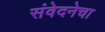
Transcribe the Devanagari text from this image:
संवेदनेचा